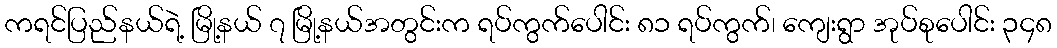
ကရင်ပြည်နယ်ရဲ့ မြို့နယ် ၇ မြို့နယ်အတွင်းက ရပ်ကွက်ပေါင်း ၈၁ ရပ်ကွက်၊ ကျေးရွာ အုပ်စုပေါင်း ၃၄၈